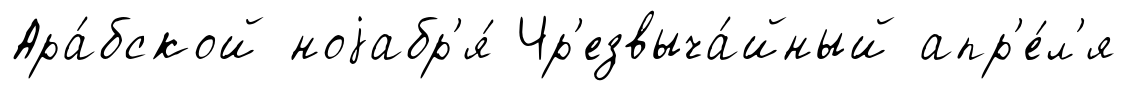
Ара́бской ноjабр'я́ Чр'езвыча́йный апр'е́л'я